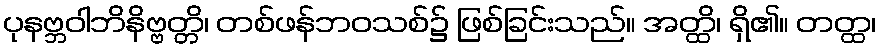
ပုနဗ္ဘဝါဘိနိဗ္ဗတ္တိ၊ တစ်ဖန်ဘဝသစ်၌ ဖြစ်ခြင်းသည်။ အတ္ထိ၊ ရှိ၏။ တတ္ထ၊